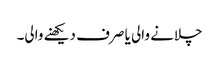
چلانے والی یا صرف دیکھنے والی۔